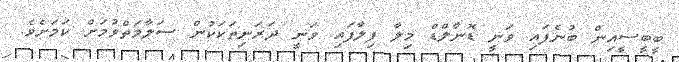
ބީބީސީއިން ބުނެފައި ވަނީ ޑޮނާލްޑް މިލާ ފިލާފައި ވަނީ ދަރަނިތަކަކުން ސަލާމަތްވުމަށް ކަމަށެވެ.